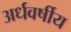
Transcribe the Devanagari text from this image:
अर्धवर्षीय